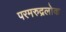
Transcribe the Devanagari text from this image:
परमरुद्रलोक